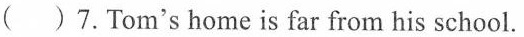
( )7.Tom's home is far from his school.